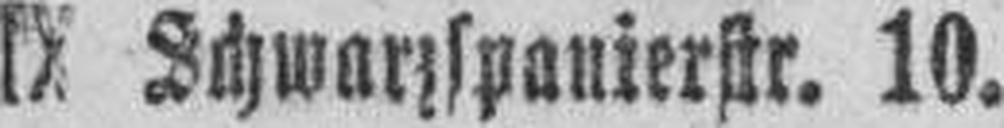
IX Schwarzspanierstr. 10.